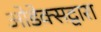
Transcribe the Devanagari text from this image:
ओडेक्सद्वारा